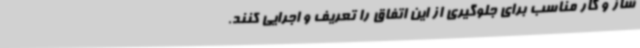
ساز و کار مناسب برای جلوگیری از این اتفاق را تعریف و اجرایی کنند.